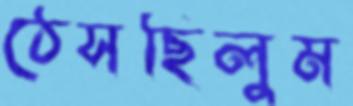
ঠেসছিলুম